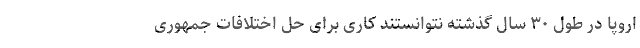
اروپا در طول ۳۰ سال گذشته‌ نتوانستند کاری برای حل اختلافات جمهوری